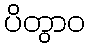
ပိတွာဝ